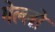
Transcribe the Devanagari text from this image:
गेल्‍लो